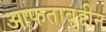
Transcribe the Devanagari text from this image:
आफताबुद्दीन